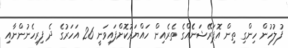
ފުލުހުން ހިންގި ތިން އޮޕަރޭޝަނެެއްގެ ތެރެއިން ހައްޔަރުކޮށްފައިވަނީ 26 އަހަރުގެ ދެ ފިރިހެނުންނާއި